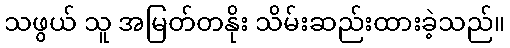
သဖွယ် သူ အမြတ်တနိုး သိမ်းဆည်းထားခဲ့သည်။